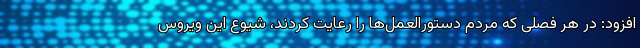
افزود: در هر فصلی که مردم دستورالعمل‌ها را رعایت کردند، شیوع این ویروس